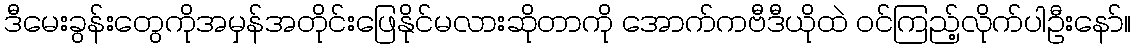
ဒီမေးခွန်းတွေကိုအမှန်အတိုင်းဖြေနိုင်မလားဆိုတာကို အောက်ကဗီဒီယိုထဲ ဝင်ကြည့်လိုက်ပါဦးနော်။